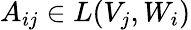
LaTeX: A_{ij}\in L(V_{j},W_{i})